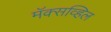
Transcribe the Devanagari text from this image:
मॅक्सव्हिल